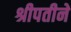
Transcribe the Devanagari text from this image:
श्रीपतीने